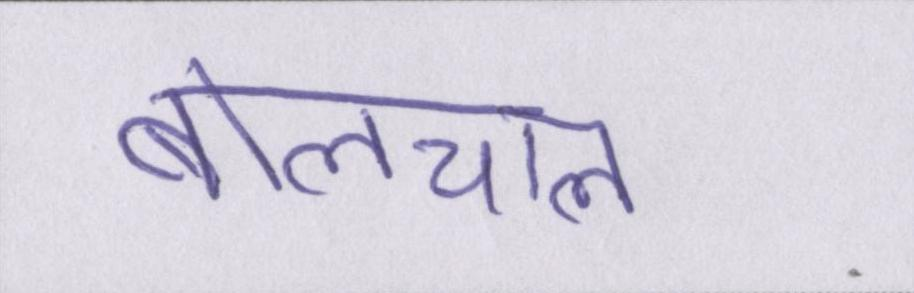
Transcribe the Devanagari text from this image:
बोलचाल